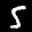
Label: 5